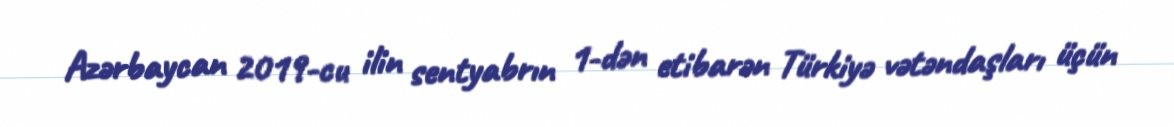
Azərbaycan 2019-cu ilin sentyabrın 1-dən etibarən Türkiyə vətəndaşları üçün